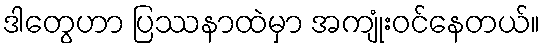
ဒါတွေဟာ ပြဿနာထဲမှာ အကျုံးဝင်နေတယ်။